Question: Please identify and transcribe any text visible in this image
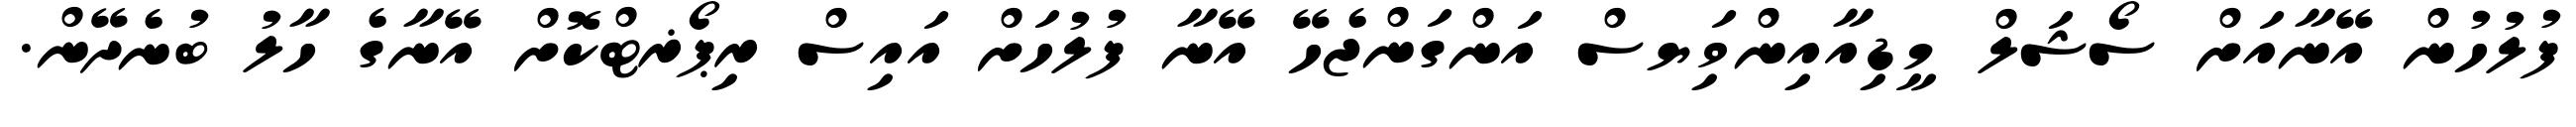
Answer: ފުލުހުން އޭނާއަށް ސޯޝަލް މީޑިއާއިންވިަޔސް އަންގަންޖެހޭ އޭނާ ފުލުހަށް އައިސް ރިޕޯޜޓްކޮށް އޭނާގެ ހާލު ބުނެދޭން.